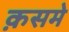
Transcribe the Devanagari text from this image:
क़समे